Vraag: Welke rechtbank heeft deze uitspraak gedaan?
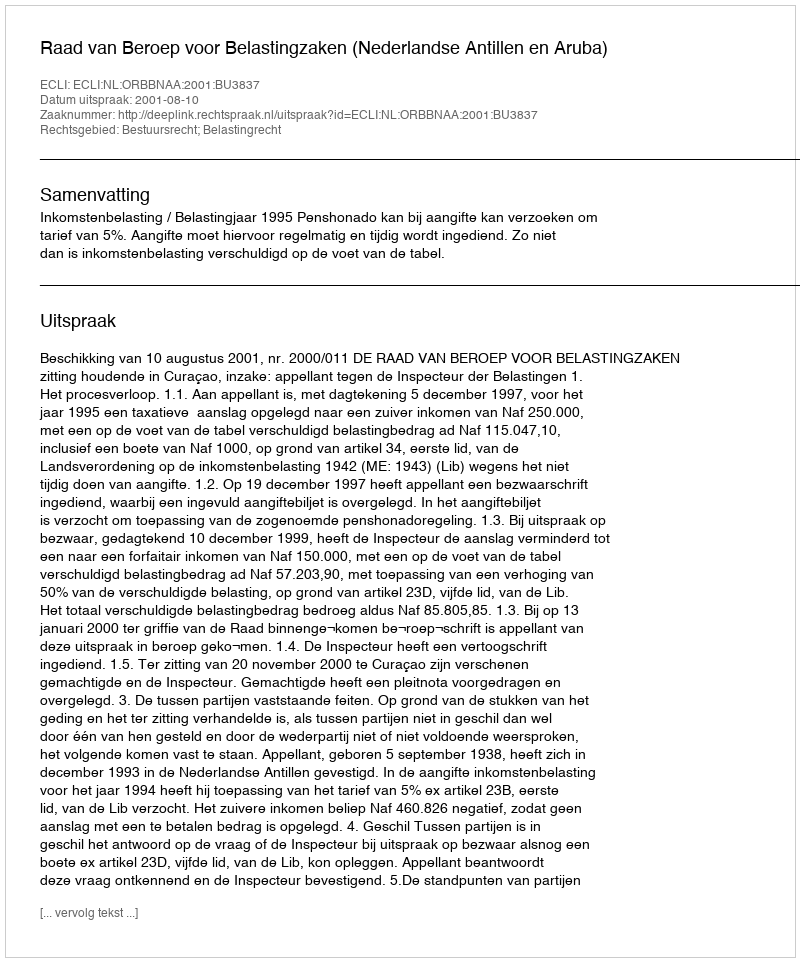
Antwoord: Raad van Beroep voor Belastingzaken (Nederlandse Antillen en Aruba)